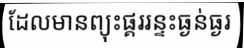
ដែលមានព្យុះផ្គររន្ទះធ្ងន់ធ្ងរ